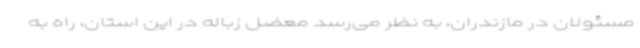
مسئولان در مازندران، به نظر می‌رسد معضل زباله در این استان، راه به